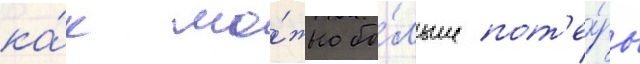
ка́к мо́жно бо́льше пот'е́рь